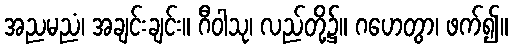
အညမညံ၊ အချင်းချင်း။ ဂီဝါသု၊ လည်တို့၌။ ဂဟေတွာ၊ ဖက်၍။